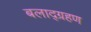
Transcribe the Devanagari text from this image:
बलाद्ग्रहण